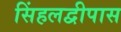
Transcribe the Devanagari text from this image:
सिंहलद्वीपास